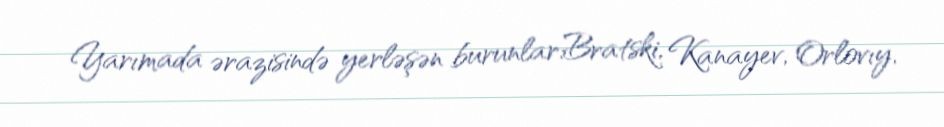
Yarımada ərazisində yerləşən burunlar:Bratski, Kanayev, Orlovıy,